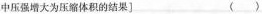
中压强增大为压缩体积的结果] ( )